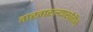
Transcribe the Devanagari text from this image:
गरगरल्याखेरीज